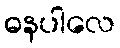
ဓနပါလေ